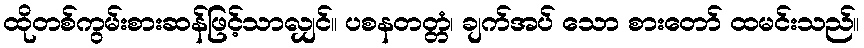
ထိုတစ်ကွမ်းစားဆန်ဖြင့်သာလျှင်။ ပစနတတ္တံ၊ ချက်အပ် သော စားတော် ထမင်းသည်။